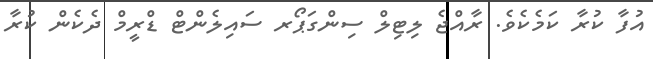
އުފާ ކުރާ ކަމެކެވެ. ރާއްޖެ ލިޓިލް ސިންގަޕޯރ ސައިލެންޓް ޑްރީމް ދެކެން ކުރާ